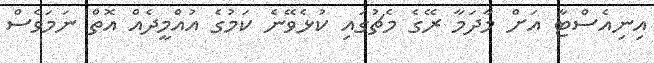
އިނިއެސްޓާ އަށް މާދަމާ ރޭގެ މެޗުގައި ކުޅެވޭނެ ކަމުގެ އުއްމީދެއް އޮތް ނަމަވެސް